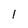
Character: 1